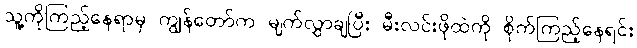
သူ့ကိုကြည့်နေရာမှ ကျွန်တော်က မျက်လွှာချပြီး မီးလင်းဖိုထဲကို စိုက်ကြည့်နေရင်း